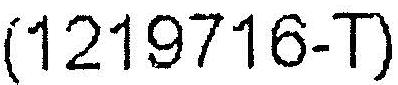
(1219716-T)